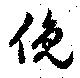
俛